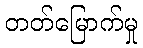
တတ်မြောက်မှု